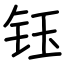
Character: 钰